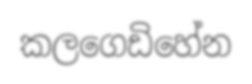
කලගෙඩිහේන